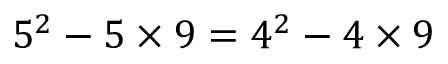
5 ^ { 2 } - 5 \times 9 = 4 ^ { 2 } - 4 \times 9